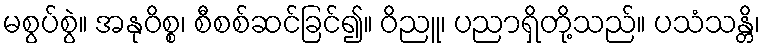
မစွပ်စွဲ။ အနုဝိစ္စ၊ စီစစ်ဆင်ခြင်၍။ ဝိညူ၊ ပညာရှိတို့သည်။ ပသံသန္တိ၊